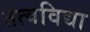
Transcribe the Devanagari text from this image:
तत्वविद्या